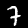
Label: 7